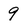
Character: 9